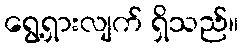
ရွေ့ရှားလျက် ရှိသည်။